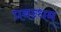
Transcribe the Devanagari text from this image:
प्रबन्धम्